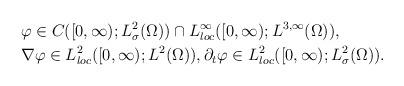
LaTeX: \begin{align*}&\varphi\in C([0,\infty); L^2_\sigma(\Omega))\cap L^\infty_{loc}([0,\infty); L^{3,\infty}(\Omega)), \\&\nabla\varphi\in L^2_{loc}([0,\infty); L^2(\Omega)), \partial_t\varphi\in L^2_{loc}([0,\infty); L^2_\sigma(\Omega)).\end{align*}